Civil Veterinary Department Bihar reports 1940-50 - 1940-1950
Year: 1940
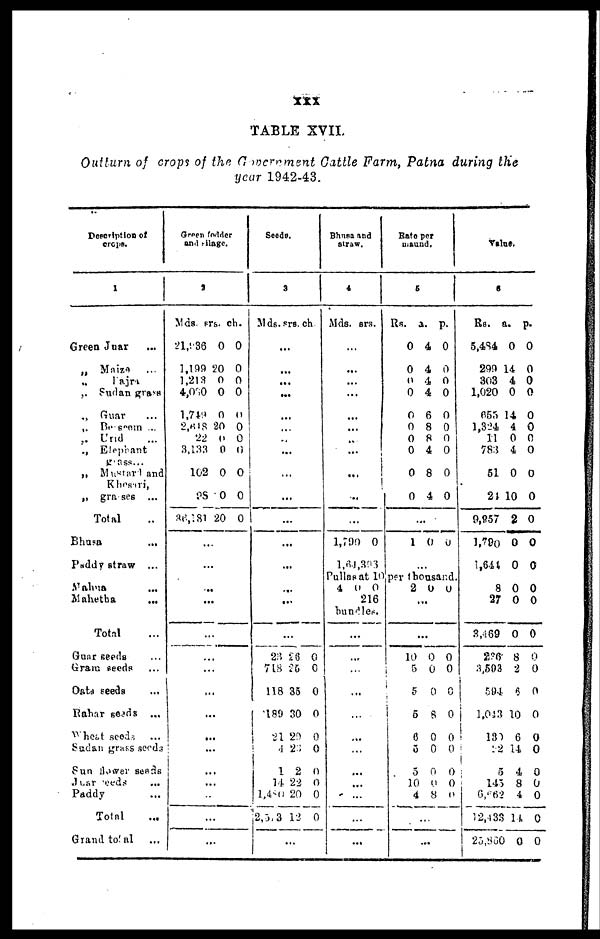
XXX
TABLE XVIL
Outturn of crops of the Government Cattle Farm, Patna during the
year 1942-43.
Description of
crops.
1
Green Juar ...
„ Maize ...
„
Fajra
„ Sudan grass
„ Guar ...
„ Berseem ...
„ Urid ...
„ Elephant
grass ...
„ Mustard and
Khesari,
„ grasses ...
Total ...
Bhusa ...
Paddy straw ...
Mahua
...
Mahetha
...
Total ...
Guar seeds ...
Gram seeds ...
Oats seeds ...
Rahar seeds ...
Wheat seeds
...
Sudan grass seeds
Sun flower seeds
Juar
seeds
...
Paddy ...
Total ...
Grand total ...
Green fodder
and silage.
2
Mds. srs
21,936
1,199
1,213
4,080
1,749
2,618
22
3,133
102
98
36,181
.
...
...
...
.
.
.
...
...
...
...
..
. ch
0
20
0
0
0
20
0
0
0
0
20
..
..
..
..
...
...
...
.
0
0
0
0
0
0
0
0
0
0
0
Seeds.
3
Mds. s
.
...
.
...
...
..
...
...
...
...
23
718
118
| 189
21 20 0
4
1
14
1,480
2,5
rs.
..
..
...
...
...
...
...
...
26
25
35
30
23
2
22
20
13
...
ch.
0
0
0
0
0
0
0
0
12 0
Bhusa and
straw.
4
Mds.
...
...
...
..
...
..
...
..
...
...
...
..
1,790
l,64
srs.
.
.
.
.
0
,393
Rate per
maund.
5
Rs.
0
0
0
0
0
0
0
0
0
0
1
a.
4
4
4
4
6
8
8
4
8
4
...
0
...
p.
0
0
0
0
0
0
0
0
0
0
0
Pullasat 10 per thousand.
4 0
0
216
bundles.
..
..
..
.
.
.
.
.
.
.
.
...
.
.
.
..
..
..
..
..
..
..
..
2
10
5
5
5
8
5
5
10
4
...
0
...
...
0
0
0
8
0
0
0
0
8
...
0
0
0
0
0
0
0
0
0
0
Value.
6
Rs.
5,484
299
303
1,020
665
1,324
11
783
51
24
9,857
1,790
1,644
8
27
3,469
236
3,593
594
1,043
130
22
5
14
6,66
12,43
25,86
a.
0
14
4
0
14
4
0
4
0
10
2
0
0
0
0
0
8
2
6
10
6
14
4
5 8
2 4
3 14
0 0
p.
0
0
0
0
0
0
0
0
0
0
0
0
0
0
0
0
0
0
0
0
0
0
0
0
0
0
0